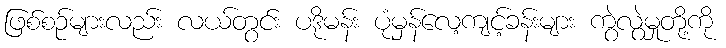
ဖြစ်စဉ်များလည်း လယ်တွင်း ပဒိုမန်း ပုံမှန်လေ့ကျင့်ခန်းများ ကွဲလွဲမှုတို့ကို